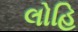
લોહિ